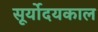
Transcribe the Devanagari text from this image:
सूर्योदयकाल